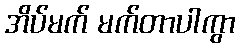
အိပ်မက် မက်တာပါကွာ